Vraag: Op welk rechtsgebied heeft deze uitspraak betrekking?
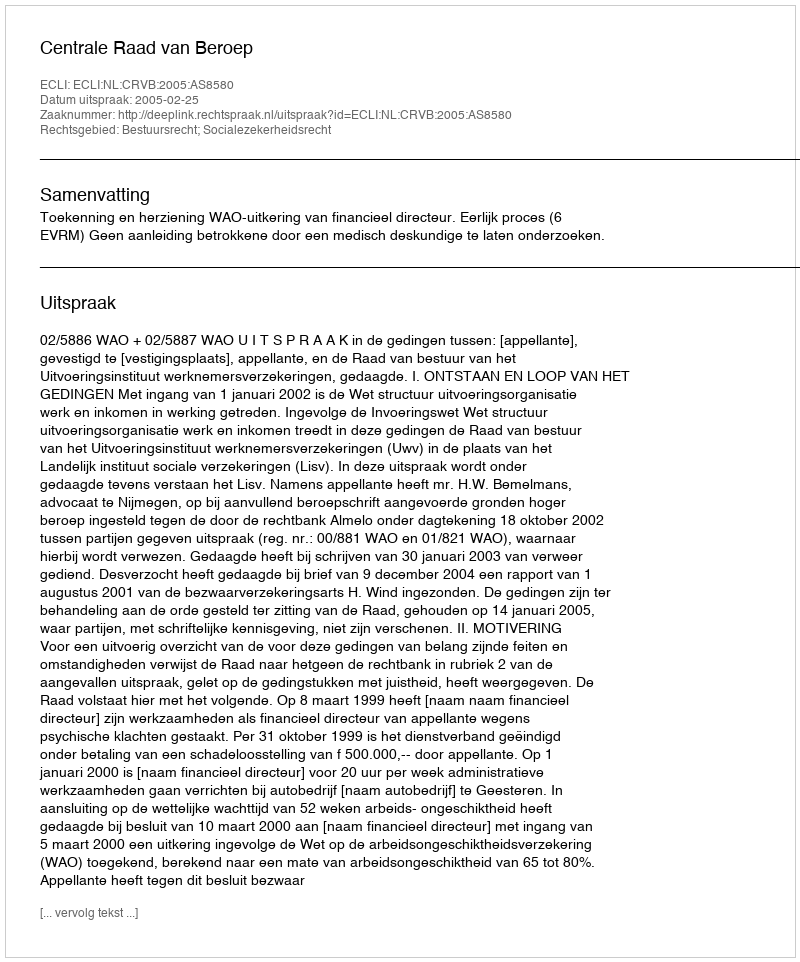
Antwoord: Bestuursrecht; Socialezekerheidsrecht